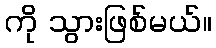
ကို သွားဖြစ်မယ်။